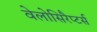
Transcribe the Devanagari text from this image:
वेलोसिरैप्टर्स